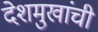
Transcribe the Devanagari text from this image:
देशमुखांची